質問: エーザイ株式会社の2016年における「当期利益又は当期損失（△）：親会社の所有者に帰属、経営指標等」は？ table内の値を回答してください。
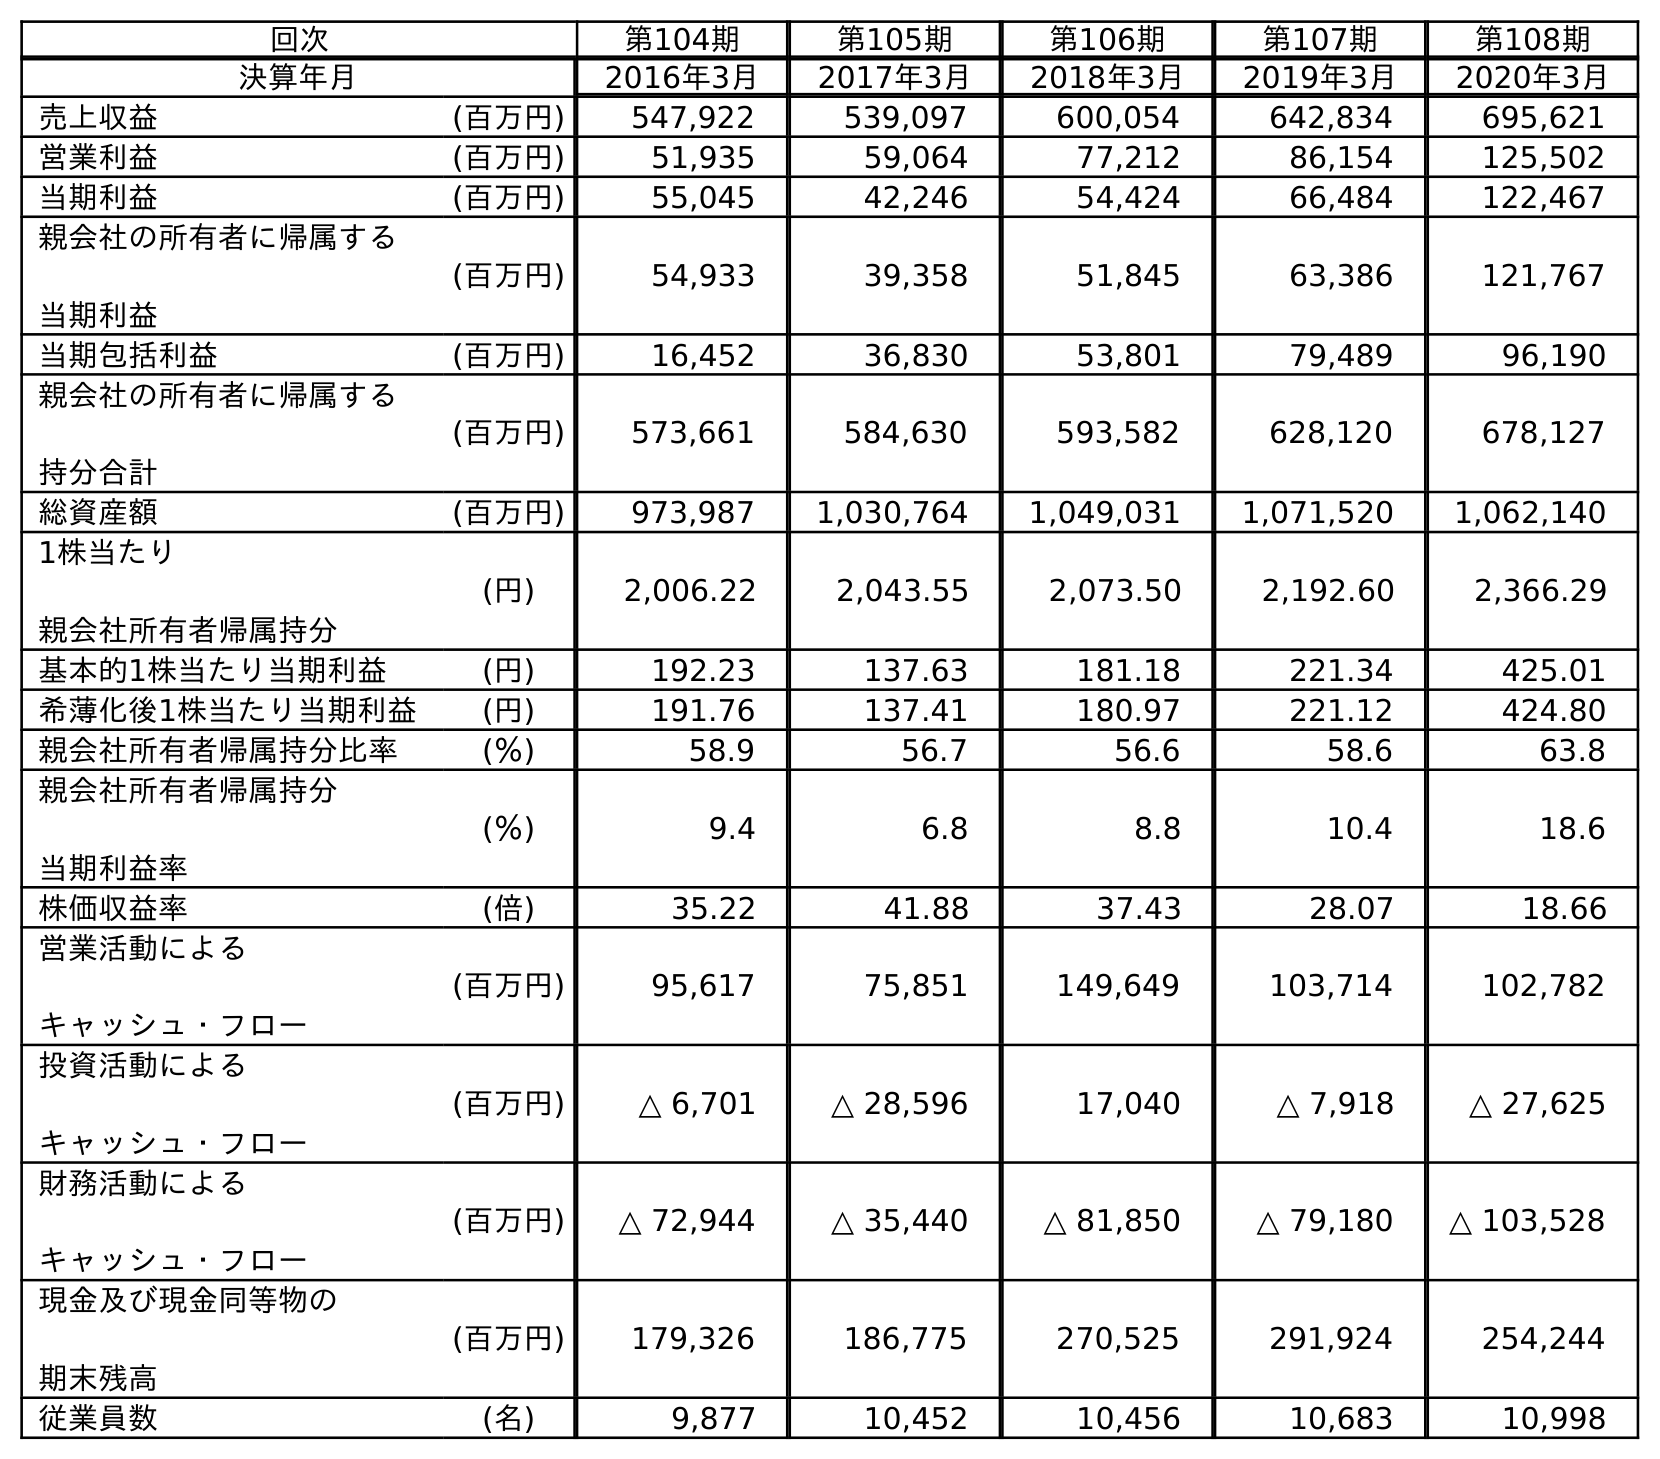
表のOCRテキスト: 回次 第104期 第105期 第106期 第107期 第108期 決算年月 2016年3月 2017年3月 2018年3月 2019年3月 2020年3月 売上収益 (百万円) 547,922 539,097 600,054 642,834 695,621 営業利益 (百万円) 51,935 59,064 77,212 86,154 125,502 当期利益 (百万円) 55,045 42,246 54,424 66,484 122,467 親会社の所有者に帰属する 当期利益 (百万円) 54,933 39,358 51,845 63,386 121,767 当期包括利益 (百万円) 16,452 36,830 53,801 79,489 96,190 親会社の所有者に帰属する 持分合計 (百万円) 573,661 584,630 593,582 628,120 678,127 総資産額 (百万円) 973,987 1,030,764 1,049,031 1,071,520 1,062,140 1株当たり 親会社所有者帰属持分 (円) 2,006.22 2,043.55 2,073.50 2,192.60 2,366.29 基本的1株当たり当期利益 (円) 192.23 137.63 181.18 221.34 425.01 希薄化後1株当たり当期利益 (円) 191.76 137.41 180.97 221.12 424.80 親会社所有者帰属持分比率 (％) 58.9 56.7 56.6 58.6 63.8 親会社所有者帰属持分 当期利益率 (％) 9.4 6.8 8.8 10.4 18.6 株価収益率 (倍) 35.22 41.88 37.43 28.07 18.66 営業活動による キャッシュ・フロー (百万円) 95,617 75,851 149,649 103,714 102,782 投資活動による キャッシュ・フロー (百万円) △ 6,701 △ 28,596 17,040 △ 7,918 △ 27,625 財務活動による キャッシュ・フロー (百万円) △ 72,944 △ 35,440 △ 81,850 △ 79,180 △ 103,528 現金及び現金同等物の 期末残高 (百万円) 179,326 186,775 270,525 291,924 254,244 従業員数 (名) 9,877 10,452 10,456 10,683 10,998
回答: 54,933